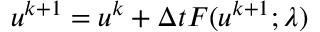
u ^ { k + 1 } = u ^ { k } + \Delta t F ( u ^ { k + 1 } ; \lambda )